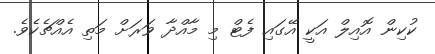
ކުކިން އޮއިލް އަކީ އޭގައި ފެޓް މި މާއްދާ ވަރަށް މަތި އެއްޗެކެވެ.